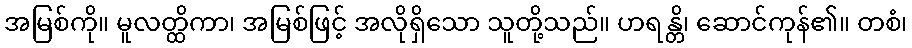
အမြစ်ကို။ မူလတ္ထိကာ၊ အမြစ်ဖြင့် အလိုရှိသော သူတို့သည်။ ဟရန္တိ၊ ဆောင်ကုန်၏။ တစံ၊